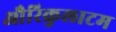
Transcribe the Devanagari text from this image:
औरिकुलाटम